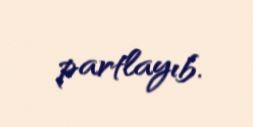
partlayıb.